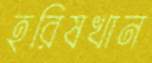
হরিষখান